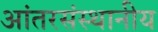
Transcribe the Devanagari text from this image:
आंतरसंस्थानीय